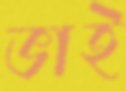
ভাই